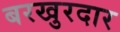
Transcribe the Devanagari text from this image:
बरखुरदार